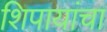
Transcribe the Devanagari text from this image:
शिपायांचा